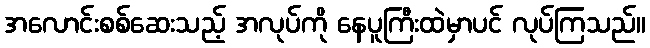
အလောင်းစစ်ဆေးသည့် အလုပ်ကို နေပူကြီးထဲမှာပင် လုပ်ကြသည်။